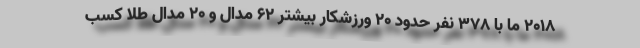
2018 ما با 378 نفر حدود 20 ورزشکار بیشتر 62 مدال و 20 مدال طلا کسب